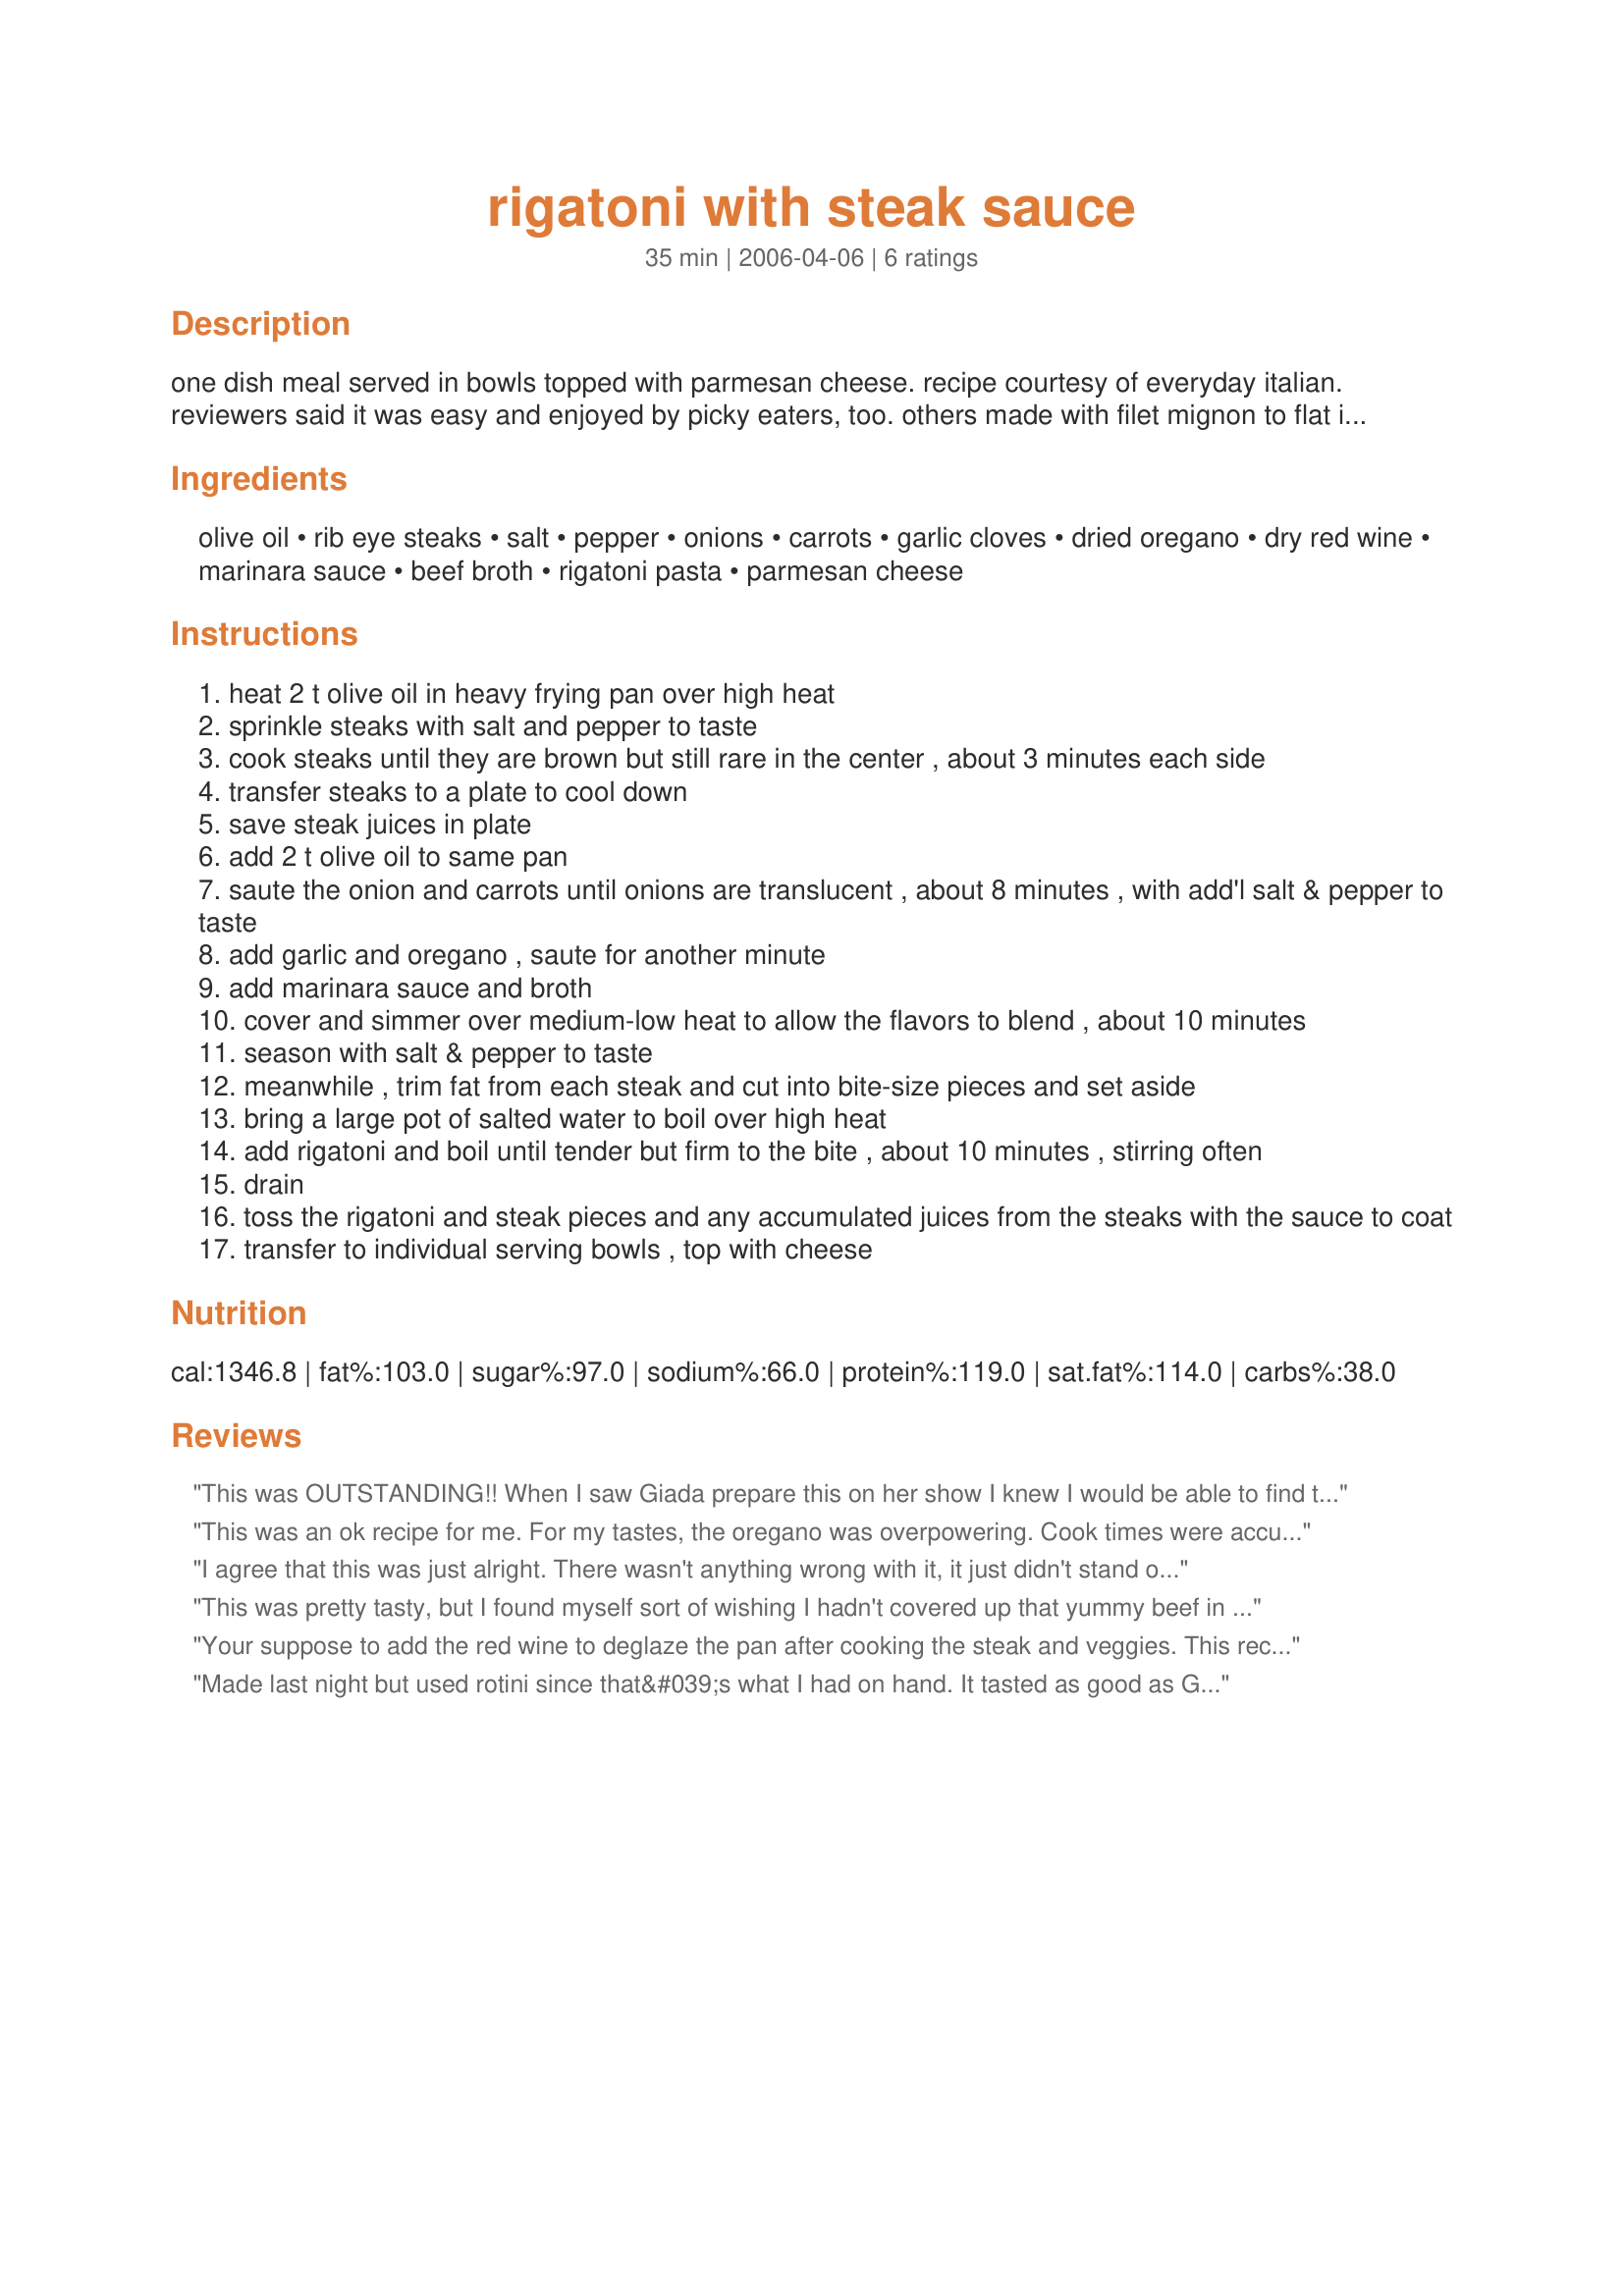
rigatoni with steak sauce
Preparation time: 35 minutes

one dish meal served in bowls topped with parmesan cheese. recipe courtesy of everyday italian. reviewers said it was easy and enjoyed by picky eaters, too. others made with filet mignon to flat iron steak.

Ingredients:
olive oil, rib eye steaks, salt, pepper, onions, carrots, garlic cloves, dried oregano, dry red wine, marinara sauce, beef broth, rigatoni pasta, parmesan cheese

Steps:
heat 2 t olive oil in heavy frying pan over high heat
sprinkle steaks with salt and pepper to taste
cook steaks until they are brown but still rare in the center , about 3 minutes each side
transfer steaks to a plate to cool down
save steak juices in plate
add 2 t olive oil to same pan
saute the onion and carrots until onions are translucent , about 8 minutes , with add'l salt & pepper to taste
add garlic and oregano , saute for another minute
add marinara sauce and broth
cover and simmer over medium-low heat to allow the flavors to blend , about 10 minutes
season with salt & pepper to taste
meanwhile , trim fat from each steak and cut into bite-size pieces and set aside
bring a large pot of salted water to boil over high heat
add rigatoni and boil until tender but firm to the bite , about 10 minutes , stirring often
drain
toss the rigatoni and steak pieces and any accumulated juices from the steaks with the sauce to coat
transfer to individual serving bowls , top with cheese

Reviews:
This was OUTSTANDING!! When I saw Giada prepare this on her show I knew I would be able to find the recipe here....I was right!! I did use the flat iron steaks - that is what I had on hand and defrosted. The steaks were like "butta", the sauce was superb. I only added a little red pepper, for some kick, but followed the recipe exactly! It is perfect!! Thank you!
This was an ok recipe for me. For my tastes, the oregano was overpowering. Cook times were accurate.
I agree that this was just alright. There wasn't anything wrong with it, it just didn't stand out to me as something I would really want to have again. It was easy enough to prepare, except that the recipe did not explicitly say when to add the red wine, so I added it with the marinara and broth.
This was pretty tasty, but I found myself sort of wishing I hadn't covered up that yummy beef in sauce. The sauce was good but I thI I guess I was thinking steak sauce like Heinz or A-1, I know sort of silly, I could look at the ingredient list and see that was the case. Thanks for sharing, I'm always interesting in trying something new.
Your suppose to add the red wine to deglaze the pan after cooking the steak and veggies. This recipe taste 100 times better if you skip the red wine and add in a half a cup of heavy cream and turn it in to a cream sauce!!!! You could also make this to use up any left over pork roast.
Made last night but used rotini since that&#039;s what I had on hand. It tasted as good as Giada&#039;s creation looked when she made it on everyday italian! I&#039;m on a mission to try one of Giada&#039;s recipes every week!
